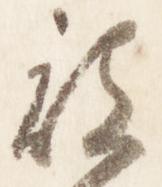
被